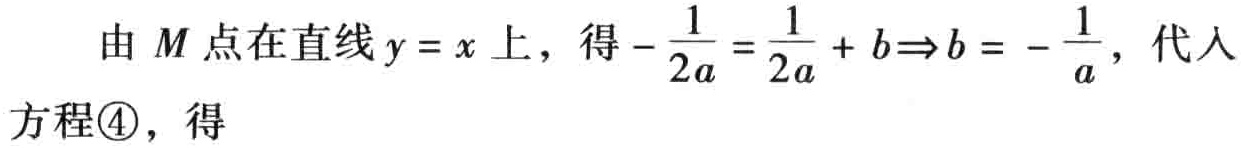
由 \(M\) 点在直线 \(y = x\) 上，得 \(-\frac{1}{2a}=\frac{1}{2a}+b\Rightarrow b = -\frac{1}{a}\)，代入方程\textcircled{4}，得